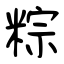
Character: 粽